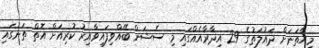
މިހާތަނަށް ދައުލަތުގެ 29 އިދާރާއެއްގައި މި ސެޝަން ބޭއްވިފައިވާއިރު ކުރިއަށް އޮތް ތަނުގައި